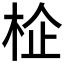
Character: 𱣕